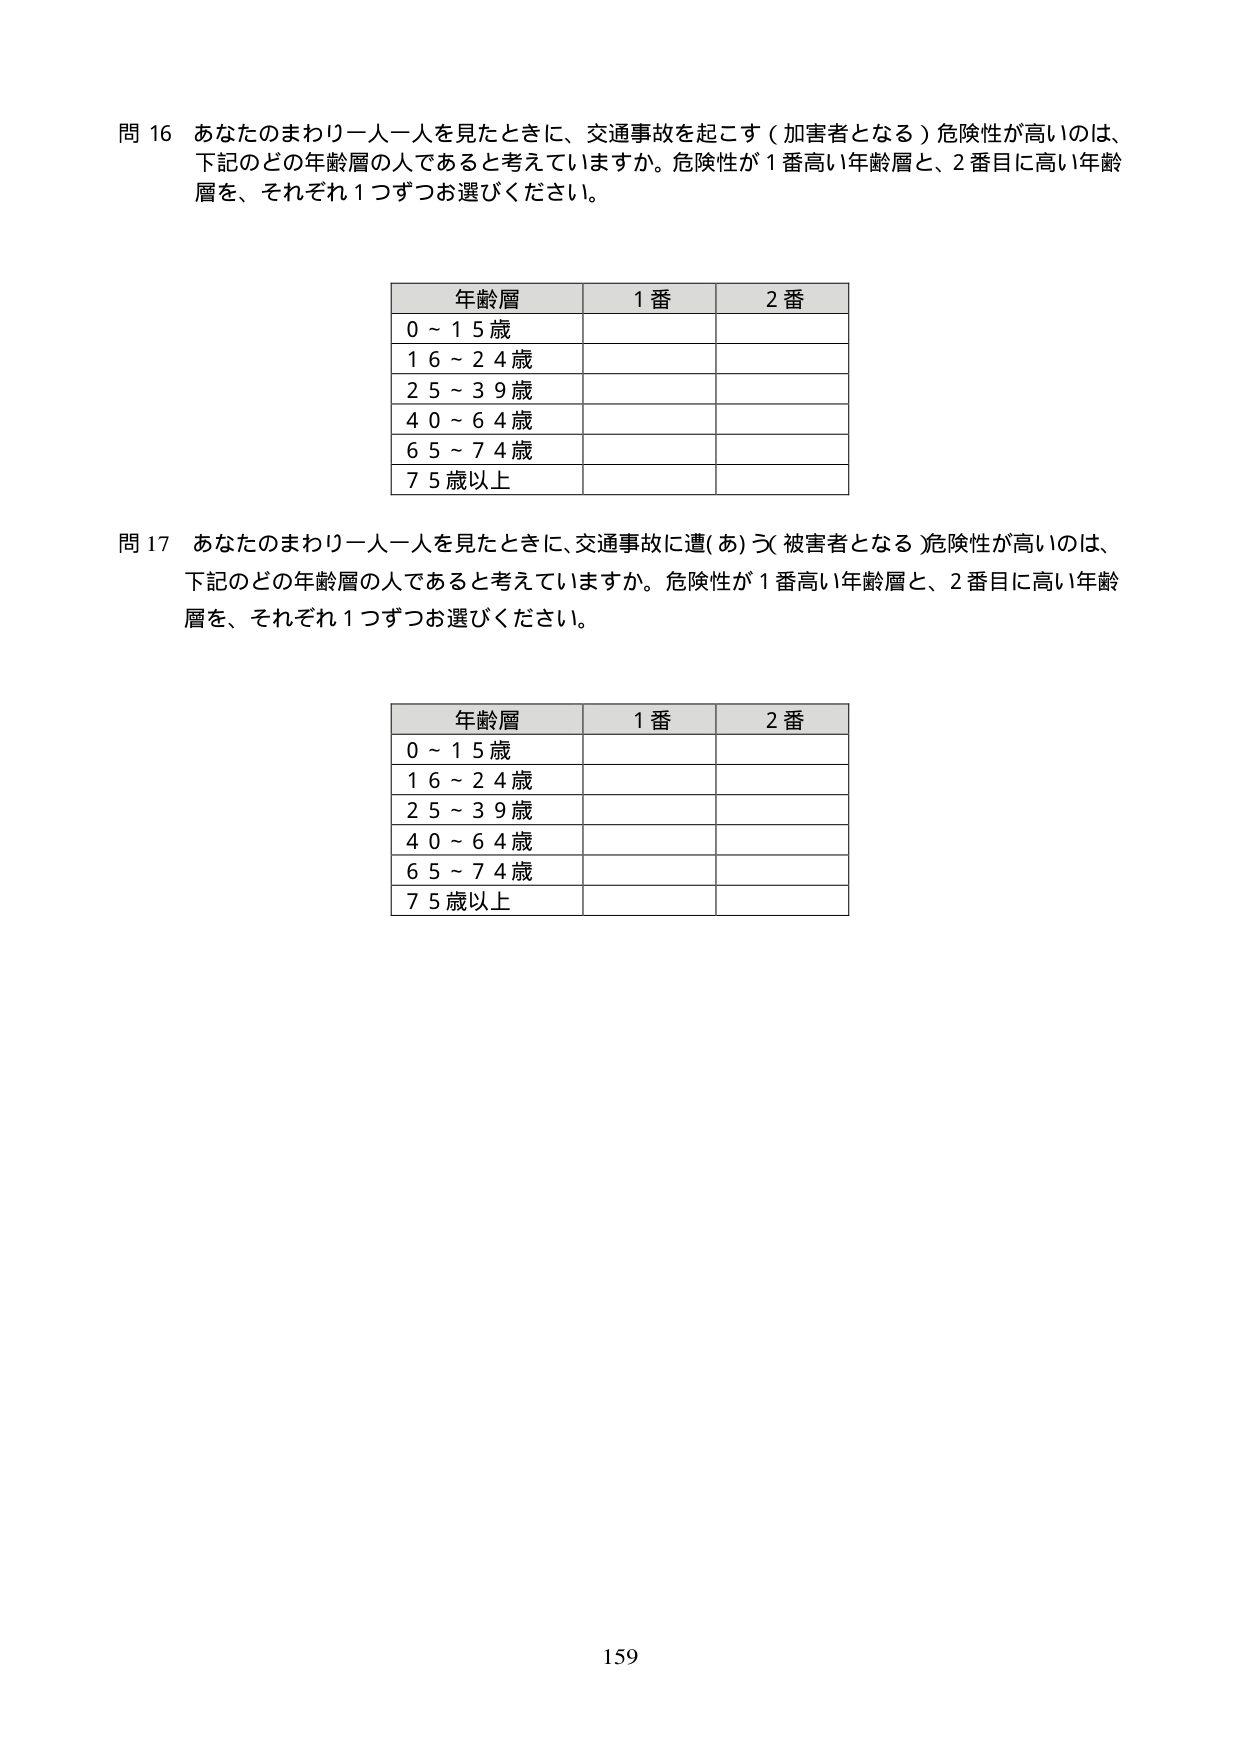
問 16 あなたのまわり一人一人を見たときに、交通事故を起こす（加害者となる）危険性が高いのは、
下記のどの年齢層の人であると考えていますか。危険性が１番高い年齢層と、２番目に高い年齢
層を、それぞれ１つずつお選びください。

年齢層　　１番　　２番
0～15歳
16～24歳
25～39歳
40～64歳
65～74歳
75歳以上

問 17 あなたのまわり一人一人を見たときに、交通事故に遭（あ）う（被害者となる）危険性が高いのは、
下記のどの年齢層の人であると考えていますか。危険性が１番高い年齢層と、２番目に高い年齢
層を、それぞれ１つずつお選びください。

年齢層　　１番　　２番
0～15歳
16～24歳
25～39歳
40～64歳
65～74歳
75歳以上

159